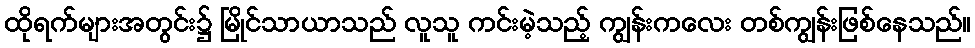
ထိုရက်များအတွင်း၌ မြိုင်သာယာသည် လူသူ ကင်းမဲ့သည့် ကျွန်းကလေး တစ်ကျွန်းဖြစ်နေသည်။